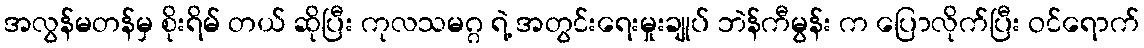
အလွန်မတန်မှ စိုးရိမ် တယ် ဆိုပြီး ကုလသမဂ္ဂ ရဲ့ အတွင်းရေးမှုးချုပ် ဘဲန်ကီမွန်း က ပြောလိုက်ပြီး ဝင်ရောက်